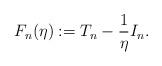
LaTeX: \begin{align*}F_n(\eta):=T_n-\frac{1}{\eta}I_n.\end{align*}